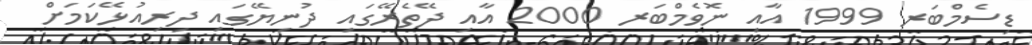
ޑިސެމްބަރ 1999 އާއި ނޮވެމްބަރ 2000 އާއި ދޭތެރޭގައި ދުނިޔޭގައި ދިރިއުޅޭކަމަށް